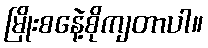
မြိုးစနေဲ့စိုကျတာပါ။